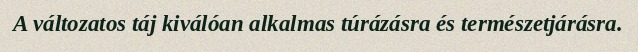
A változatos táj kiválóan alkalmas túrázásra és természetjárásra.